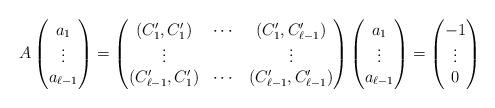
LaTeX: \begin{align*}A\begin{pmatrix}a_1\\\vdots\\a_{\ell-1}\end{pmatrix}=\begin{pmatrix}(C'_1,C'_1)&\cdots&(C'_1,C'_{\ell-1})\\\vdots&&\vdots\\(C'_{\ell-1},C'_1)&\cdots&(C'_{\ell-1},C'_{\ell-1})\end{pmatrix}\begin{pmatrix}a_1\\\vdots\\a_{\ell-1}\end{pmatrix}=\begin{pmatrix}-1\\\vdots\\0\end{pmatrix}\end{align*}